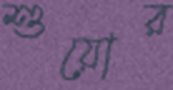
শুয়োর